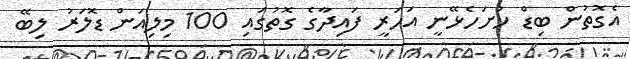
އެގޮތުން ބިޑް ހުށަހެޅޭނީ އަހަރީ ފައިދާގެ ގޮތުގައި 100 މިލިއަން ޑޮލަރު ލިބޭ